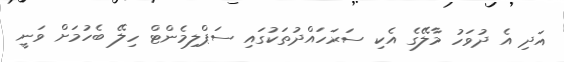
އަދި އެ ދުވަހު މާލޭގެ އެކި ސަރަހައްދުތަކުގައި ސަޕްލިމެންޓް ހިލޭ ބެހުމަށް ވަނީ